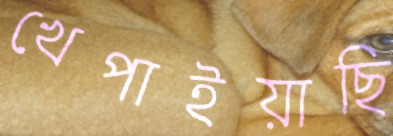
খেপাইয়াছি